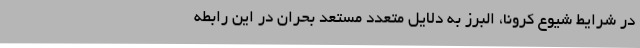
در شرایط شیوع کرونا، البرز به دلایل متعدد مستعد بحران در این رابطه